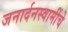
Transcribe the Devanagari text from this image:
जनार्दनस्वामींचे